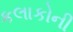
કલાકોની